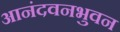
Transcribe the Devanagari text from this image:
आनंदवनभुवन